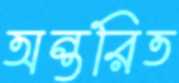
অন্তরিত